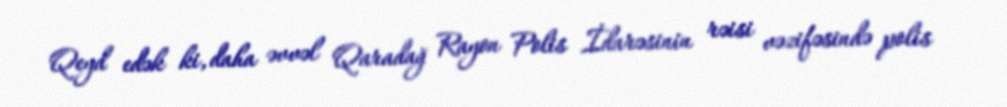
Qeyd edək ki, daha əvvəl Qaradağ Rayon Polis İdarəsinin rəisi vəzifəsində polis